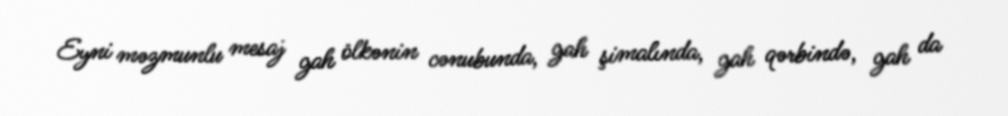
Eyni məzmunlu mesaj gah ölkənin cənubunda, gah şimalında, gah qərbində, gah da